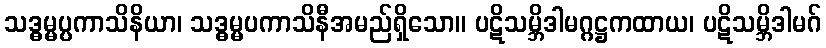
သဒ္ဓမ္မပ္ပကာသိနိယာ၊ သဒ္ဓမ္မပကာသိနီအမည်ရှိသော။ ပဋိသမ္ဘိဒါမဂ္ဂဋ္ဌကထာယ၊ ပဋိသမ္ဘိဒါမဂ်